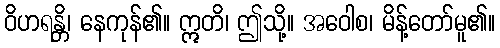
ဝိဟရန္တိ၊ နေကုန်၏။ ဣတိ၊ ဤသို့။ အဝေါစ၊ မိန့်တော်မူ၏။